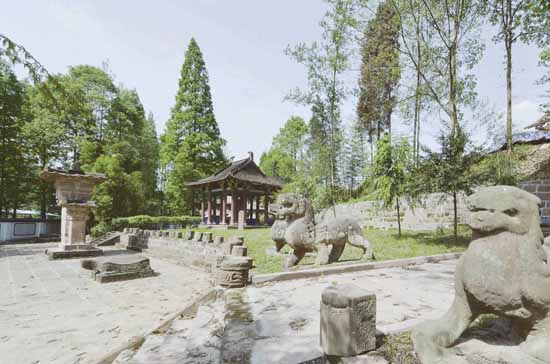
音尘绝，西风残照，汉家陵阙。